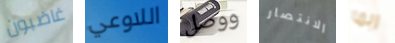
غاضبون اللاوعي ووصل الانتصار ربما